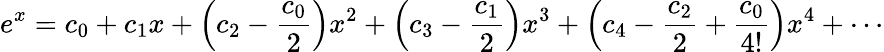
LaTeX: e^{x}=c_{0}+c_{1}x+\left(c_{2}-{\frac{c_{0}}{2}}\right)x^{2}+\left(c_{3}-{\frac{c_{1}}{2}}\right)x^{3}+\left(c_{4}-{\frac{c_{2}}{2}}+{\frac{c_{0}}{4!}}\right)x^{4}+\cdots